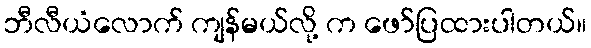
ဘီလီယံလောက် ကျန်မယ်လို့ က ဖော်ပြထားပါတယ်။